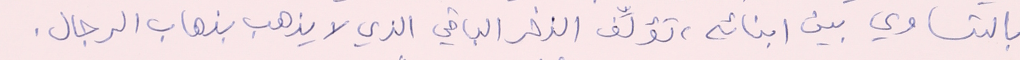
بالتساوي بين ابنائه، تؤلِّف الذخر الباقي الذي لا يذهب بذهاب الرجال.